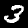
Label: 3